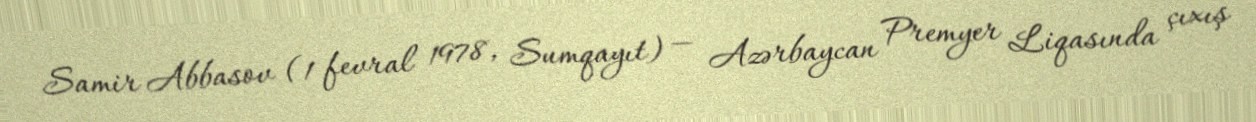
Samir Abbasov (1 fevral 1978, Sumqayıt) — Azərbaycan Premyer Liqasında çıxış